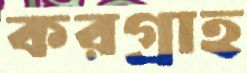
করগ্রাহ